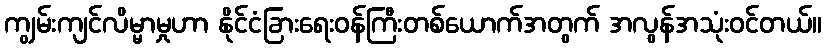
ကျွမ်းကျင်လိမ္မာမှုဟာ နိုင်ငံခြားရေးဝန်ကြီးတစ်ယောက်အတွက် အလွန်အသုံးဝင်တယ်။